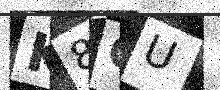
Text: K8CU